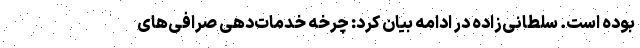
بوده است. سلطانی‌زاده در ادامه بیان کرد: چرخه خدمات‌دهی صرافی‌های